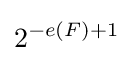
2^{-e(F)+1}